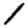
Digit: 1